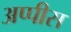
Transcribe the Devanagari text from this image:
अप्पीस